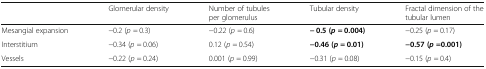
<table><thead><tr><td>[EMPTY_CELL]</td><td><b>Glomerular density</b></td><td><b>Number of tubules per glomerulus</b></td><td><b>Tubular density</b></td><td><b>Fractal dimension of the tubular lumen</b></td></tr></thead><tbody><tr><td>Mesangial expansion</td><td>−0.2 (<i>p</i> = 0.3)</td><td>−0.22 (<i>p</i> = 0.6)</td><td><b>− 0.5 (</b><b><i>p</i></b> <b>= 0.004)</b></td><td>−0.25 (<i>p</i> = 0.17)</td></tr><tr><td>Interstitium</td><td>−0.34 (<i>p</i> = 0.06)</td><td>0.12 (<i>p</i> = 0.54)</td><td><b>−0.46 (</b><b><i>p</i></b> <b>= 0.01)</b></td><td><b>−0.57 (</b><b><i>p</i></b><b>=0.001)</b></td></tr><tr><td>Vessels</td><td>−0.22 (<i>p</i> = 0.24)</td><td>0.001 (<i>p</i> = 0.99)</td><td>−0.31 (<i>p</i> = 0.08)</td><td>−0.15 (<i>p</i> = 0.4)</td></tr></tbody></table>